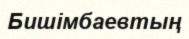
Бишімбаевтың